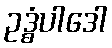
ဥဒ္ဓံပါဒေါ